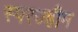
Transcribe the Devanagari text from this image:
स्परज्हीम